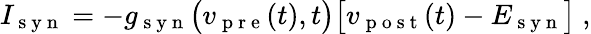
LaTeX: I_{\mathrm{~s~y~n~}}=-g_{\mathrm{~s~y~n~}}\big(v_{\mathrm{~p~r~e~}}(t),t\big)\big[v_{\mathrm{~p~o~s~t~}}(t)-E_{\mathrm{~s~y~n~}}\big]\ ,